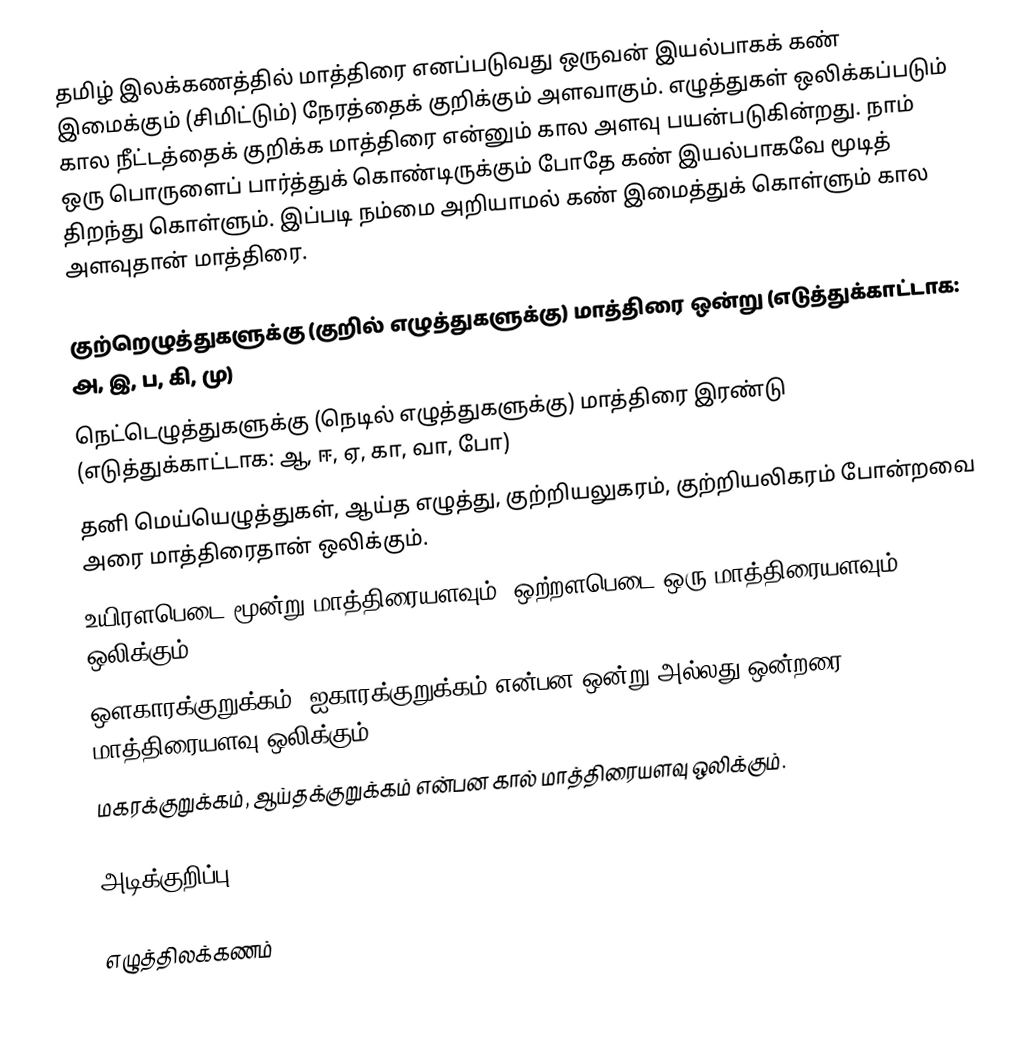
தமிழ் இலக்கணத்தில் மாத்திரை எனப்படுவது ஒருவன் இயல்பாகக் கண் இமைக்கும் (சிமிட்டும்) நேரத்தைக் குறிக்கும் அளவாகும். எழுத்துகள் ஒலிக்கப்படும் கால நீட்டத்தைக் குறிக்க மாத்திரை என்னும் கால அளவு பயன்படுகின்றது. நாம் ஒரு பொருளைப் பார்த்துக் கொண்டிருக்கும் போதே கண் இயல்பாகவே மூடித் திறந்து கொள்ளும். இப்படி நம்மை அறியாமல் கண் இமைத்துக் கொள்ளும் கால அளவுதான் மாத்திரை.

 குற்றெழுத்துகளுக்கு (குறில் எழுத்துகளுக்கு) மாத்திரை ஒன்று (எடுத்துக்காட்டாக: அ, இ, ப, கி, மு)
 நெட்டெழுத்துகளுக்கு (நெடில் எழுத்துகளுக்கு) மாத்திரை இரண்டு (எடுத்துக்காட்டாக: ஆ, ஈ, ஏ, கா, வா, போ)
 தனி மெய்யெழுத்துகள், ஆய்த எழுத்து, குற்றியலுகரம், குற்றியலிகரம் போன்றவை அரை மாத்திரைதான் ஒலிக்கும்.
 உயிரளபெடை மூன்று மாத்திரையளவும், ஒற்றளபெடை ஒரு மாத்திரையளவும் ஒலிக்கும்.
 ஔகாரக்குறுக்கம், ஐகாரக்குறுக்கம் என்பன ஒன்று அல்லது ஒன்றரை மாத்திரையளவு ஒலிக்கும்.
 மகரக்குறுக்கம், ஆய்தக்குறுக்கம் என்பன கால் மாத்திரையளவு ஒலிக்கும்.

அடிக்குறிப்பு

எழுத்திலக்கணம்